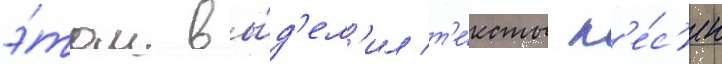
э́том вы́д'ел'ил т'е́ксты п'е́с'ен